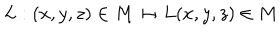
L : ( x , y , z ) \in { M } \mapsto L ( x , y , z ) \in { M }